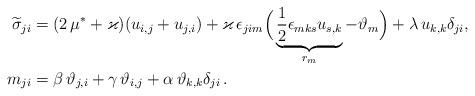
LaTeX: \begin{align*}\widetilde{\sigma}_{ji} &=(2\,\mu^*+\varkappa) ( u_{i,j}+u_{j,i})+\varkappa \, \epsilon_{jim}\Big(\underbrace{\frac{1}{2}\epsilon_{mks}u_{s,k}}_{r_m}-\vartheta_m\Big)+\lambda \, u_{k,k}\delta_{ji},\\*m _{ji}&=\beta \,\vartheta_{j,i}+\gamma\, \vartheta_{i,j}+ \alpha \, \vartheta_{k,k}\delta_{ji} \, .\end{align*}